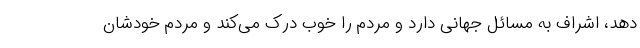
دهد، اشراف به مسائل جهانی دارد و مردم را خوب درک می‌کند و مردم خودشان